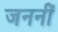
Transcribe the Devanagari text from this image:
जननीं